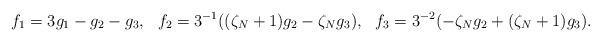
\begin{align*} f_1 &= 3g_1-g_2-g_3, & f_2 &=3^{-1}((\zeta_N+1)g_2-\zeta_Ng_3), & f_3 &=3^{-2}(-\zeta_Ng_2+(\zeta_N+1)g_3).\end{align*}